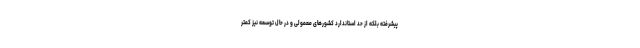
پیشرفته بلکه از حد استاندارد کشورهای معمولی و در حال توسعه نیز کمتر